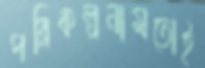
পরিকল্পনামতোই